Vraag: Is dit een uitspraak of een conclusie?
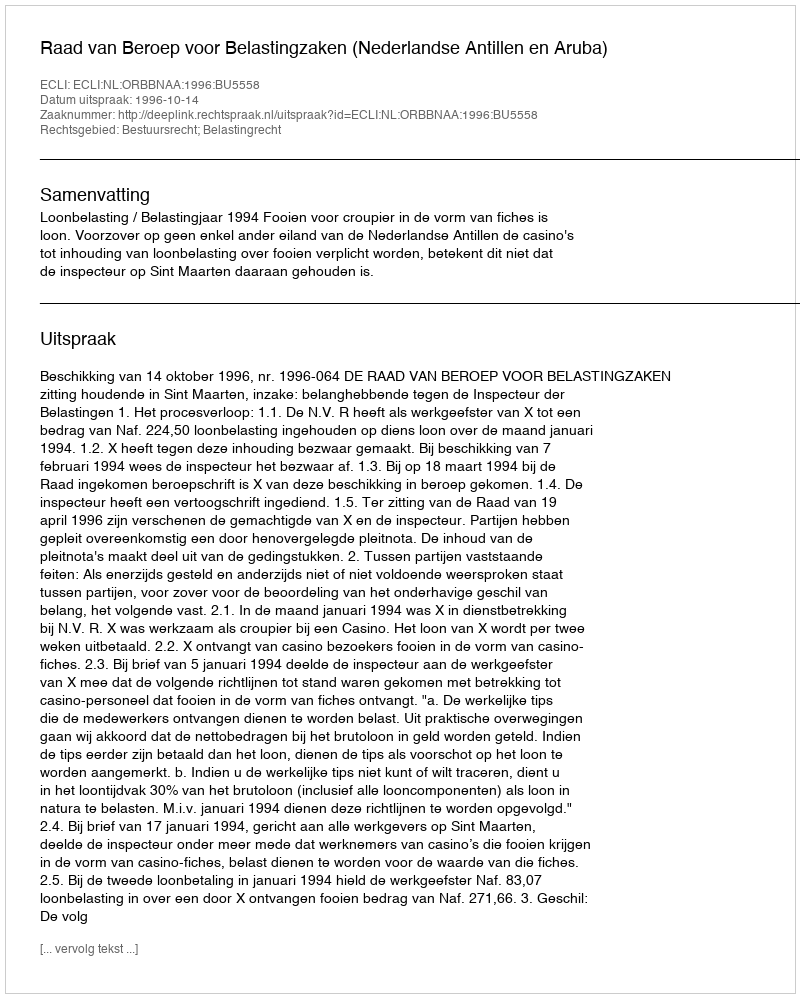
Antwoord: Uitspraak